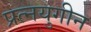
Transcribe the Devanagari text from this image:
प्रत्नयुगीन